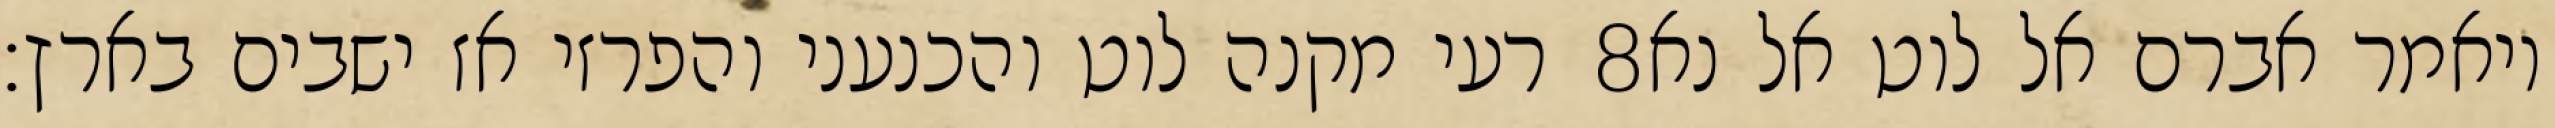
רעי מקנה לוט והכנעני והפרזי אז ישבים בארץ׃ ‎8‏ ויאמר אברם אל לוט אל נא